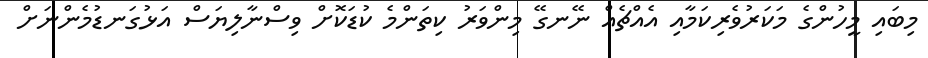
މިބައި މީހުންގެ މަކަރުވެރިކަމާއި އެއްޗެއް ނޭނގޭ މިންވަރު ކިތަންމެ ކުޑަކޮށް ވިސްނާލިޔަސް އަޅުގަނޑުމެންނަށް